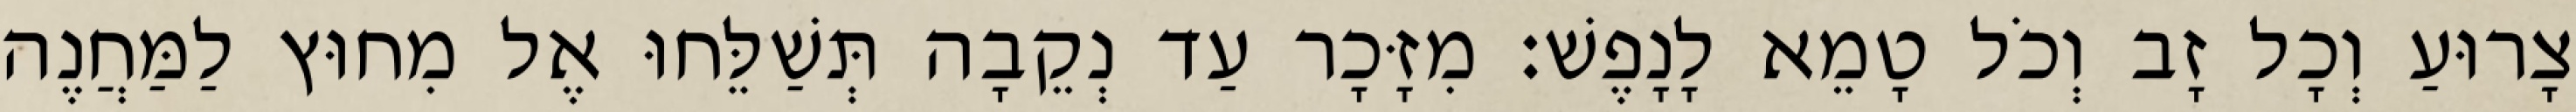
צָרוּעַ וְכָל זָב וְכֹל טָמֵא לָנָפֶשׁ׃ מִזָּכָר עַד נְקֵבָה תְּשַׁלֵּחוּ אֶל מִחוּץ לַמַּחֲנֶה